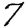
Digit: 7